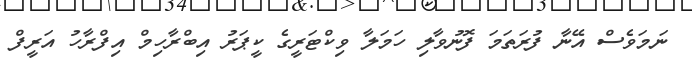
ނަމަވެސް އޭނާ ފުރަތަމަ ފޮނުވާލި ހަމަލާ ވިކްޓަރީގެ ކީޕަރު އިބްރާހިމް އިފްރާހު އަރީފް